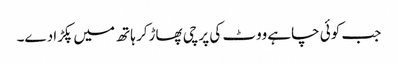
جب کوئی چاہے ووٹ کی پرچی پھاڑکر ہاتھ میں پکڑادے۔